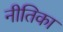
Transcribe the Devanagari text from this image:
नीतिका